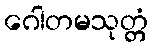
ဂေါတမသုတ္တံ